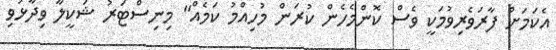
އެކަމަށް ފާރަވެރިވުމަކީ ވެސް ކޮންމެހެން ކުރަން މުހިއްމު ކަމެއް" މިނިސްޓަރު ޝަކީލާ ވިދާޅުވި